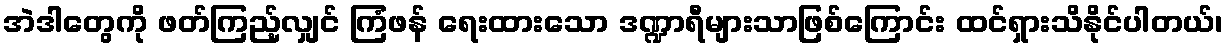
အဲဒါတွေကို ဖတ်ကြည့်လျှင် ကြံဖန် ရေးထားသော ဒဏ္ဍာရီများသာဖြစ်ကြောင်း ထင်ရှားသိနိုင်ပါတယ်၊